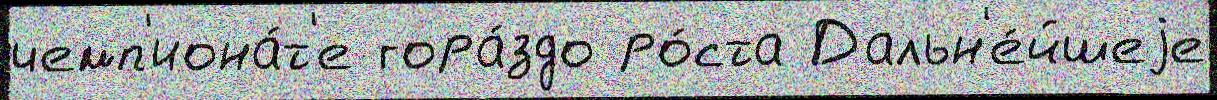
чемп'иона́т'е гора́здо ро́ста Дальн'е́йшеjе